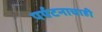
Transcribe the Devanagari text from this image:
पर्यटनाचाही